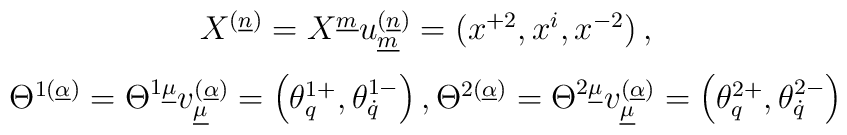
\begin{array}{c}X^{(\underline n)}=X^{\underline m}u_{\underline m}^{(\underline n)}=\left(x^{+2}, x^i, x^{-2}\right),\\[0.3cm] \Theta^{1(\underline\alpha)}=\Theta^{1\underline\mu}v^{(\underline\alpha)}_{\underline\mu}=\left(\theta^{1+}_q, \theta^{1-}_{\dot q}\right), \Theta^{2(\underline\alpha)}=\Theta^{2\underline\mu}v^{(\underline\alpha)}_{\underline\mu}=\left(\theta^{2+}_q, \theta^{2-}_{\dot q}\right) \end{array}